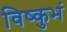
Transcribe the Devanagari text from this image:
विष्कुभं